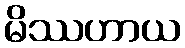
မိဿဟာယ